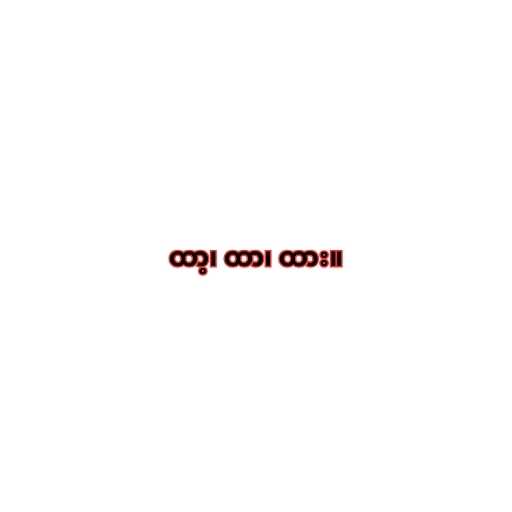
ထာ့၊ ထာ၊ ထား။